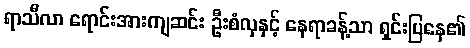
ရာသီလာ ရောင်းအားကျဆင်း ဦးစံလှနှင့် နေရာခန့်သာ ရှင်းပြနေ၏